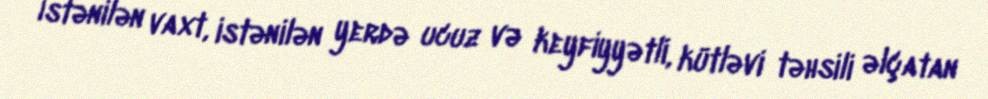
İstənilən vaxt, istənilən yerdə ucuz və keyfiyyətli, kütləvi təhsili əlçatan